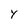
Character: Y